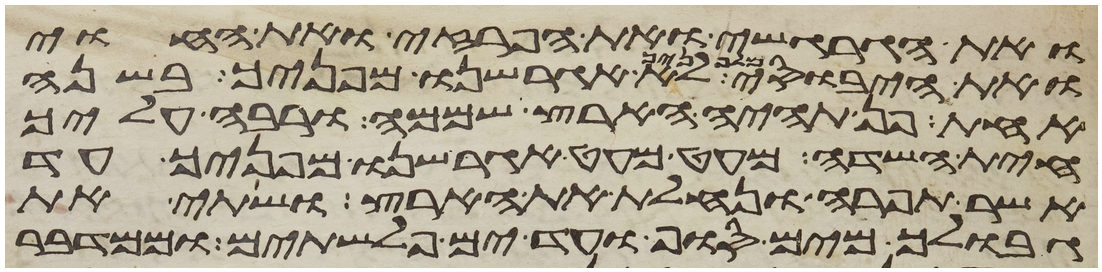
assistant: ואת הגרגשי ואת הפרזי ואת החוי
ואת היבוסי מלפניך לא אגרשנו מפניך בשנה
אחת פן תהיה הארץ שממה ורבה עליך
חית השדה מעט מעט אגרשנו מפניך עד
אשר תפרה ונחלת את הארץ ושתי את
גבולך מים סוף ועד ים פלשתים וממדבר